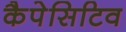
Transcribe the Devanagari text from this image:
कैपेसिटिव